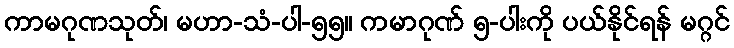
ကာမဂုဏသုတ်၊ မဟာ-သံ-ပါ-၅၅။ ကမာဂုဏ် ၅-ပါးကို ပယ်နိုင်ရန် မဂ္ဂင်